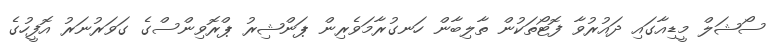
ސޯޝަލް މީޑިއާގައި ދައުރުވާ ފޮޓޯތަކުން ތާލިބާން ހަނގުރާމަވެރިން ޕަންޝިރު ޕްރޮވިންސްގެ ގަވަރުނަރު އޮފީހުގެ